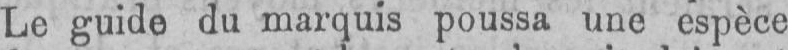
Le guide du marquis poussa une espèce